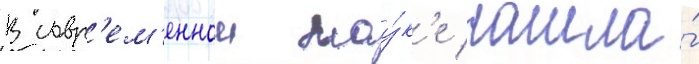
В совр'ем'еннои нау́к'е нашла́